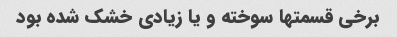
برخی قسمتها سوخته و یا زیادی خشک شده بود